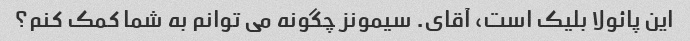
این پائولا بلیک است، آقای. سیمونز چگونه می توانم به شما کمک کنم؟